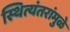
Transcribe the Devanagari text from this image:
स्थित्यंतरांमुळे